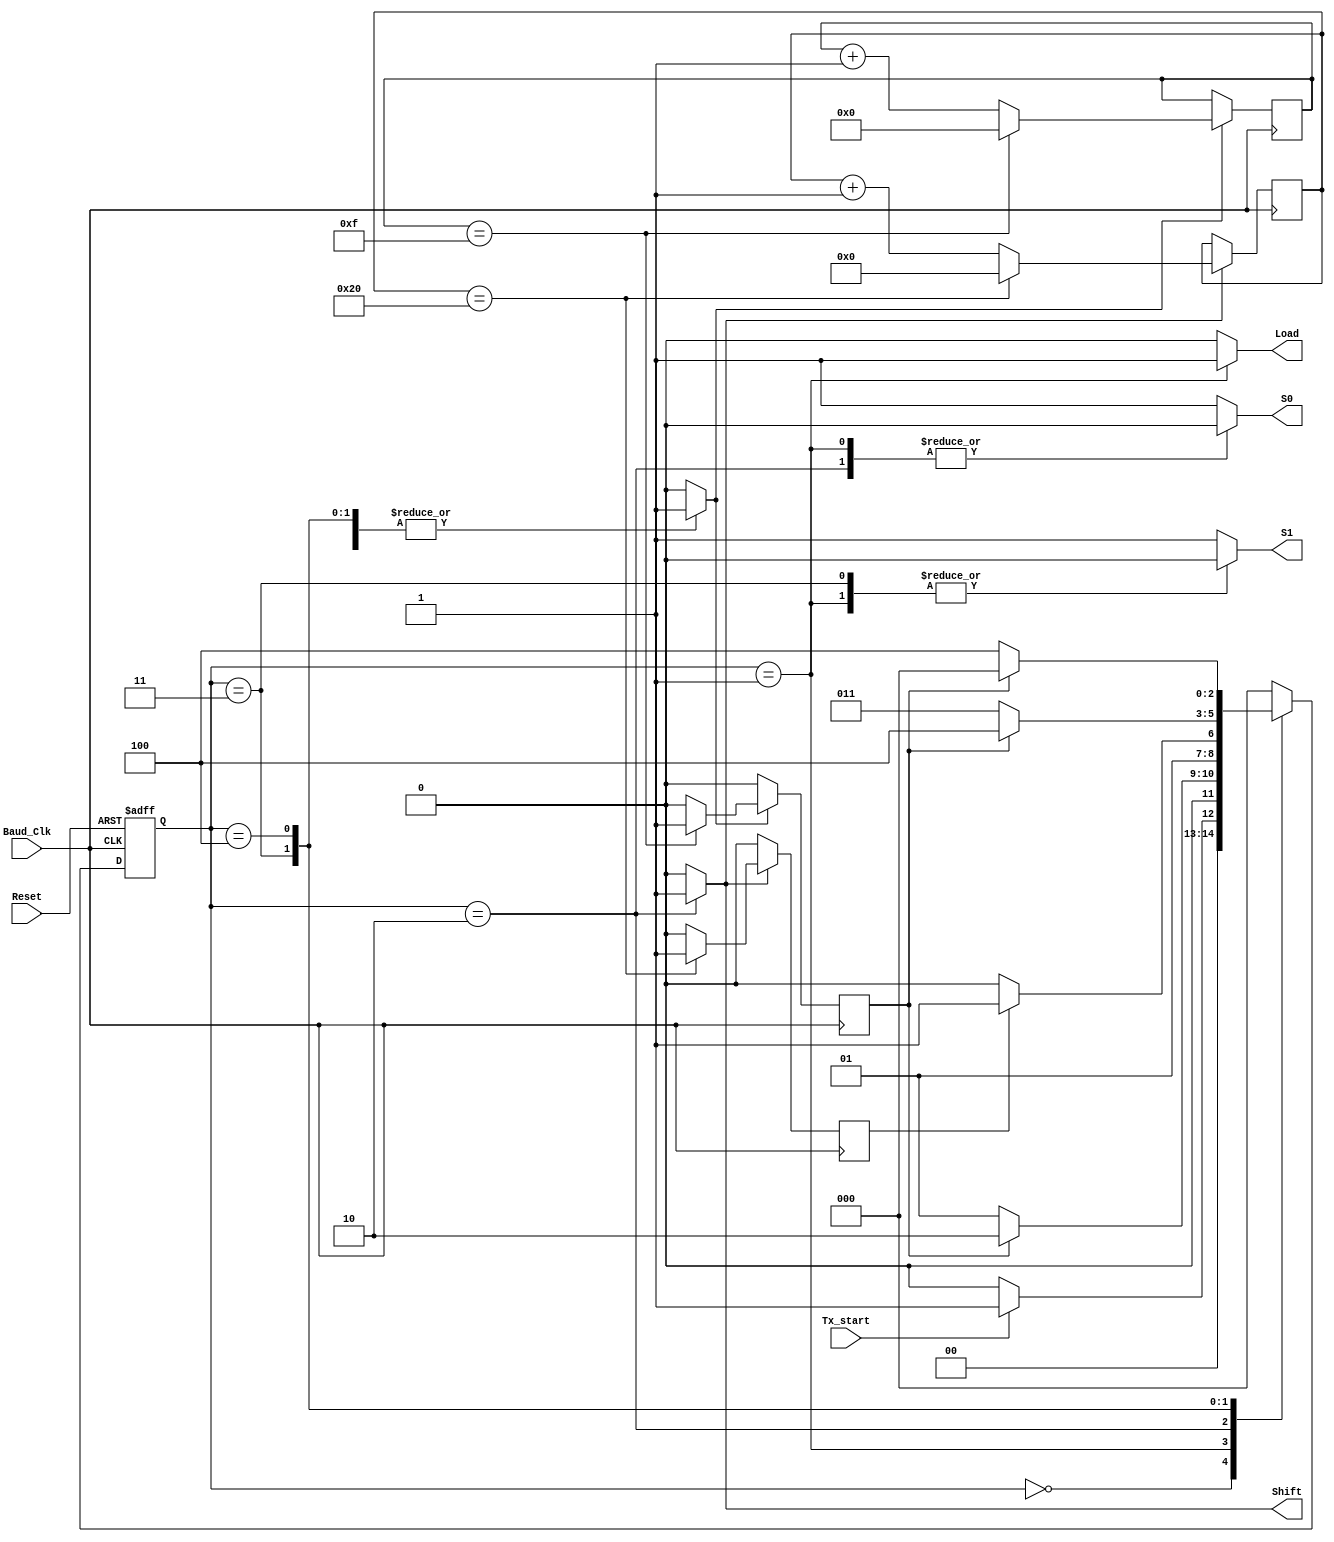
module Transmitter_FSM(S0, S1, Load, Shift, Tx_start, Baud_Clk, Reset);

output reg S0, S1, Load, Shift;
input Tx_start, Baud_Clk, Reset;
reg [2:0]Present_state;
reg [2:0]Next_state = 2'b000;
reg flag1, flag2, temp, temp1;
reg [5:0]x1 = 1;
reg [3:0]x2 = 1;
parameter IDLE = 3'b000, START_BIT = 3'b001, DATA_BIT = 3'b010, PARITY_BIT = 3'b011, STOP_BIT = 3'b100;
always@(*)
begin
	case(Present_state)
	IDLE: 
	begin
		Next_state = Tx_start? START_BIT : IDLE;
		S0 = 1; S1 = 1; Load = 0; Shift = 0;
		temp = 0; temp1 = 0;
	end
	START_BIT: 
	begin
		Next_state = flag1? DATA_BIT : START_BIT;
		S0 = 0; S1 = 0; Load = 1; Shift = 0;
		temp = 0; temp1 = 1;
	end
	DATA_BIT: 
	begin
		Next_state = flag2? PARITY_BIT : DATA_BIT;
		S0 = 0; S1 = 1; Load = 0; Shift = 1;
		temp = 1; temp1 = 0;
	end
	PARITY_BIT: 
	begin
		Next_state = flag1? STOP_BIT : PARITY_BIT;
		S0 = 1; S1 = 0; Load = 0; Shift = 0;
		temp = 0; temp1 = 1;
	end
	STOP_BIT: 
	begin
		Next_state = flag1? IDLE : STOP_BIT;
		S0 = 1; S1 = 1; Load = 0; Shift = 0;
		temp = 0; temp1 = 1;
	end
	default:
	begin
		Next_state = 3'b000;
		S0 = 1; S1 = 1; Load = 0; Shift = 0;
		temp = 0; temp1 = 0;
	end
	endcase
end

always@(posedge Baud_Clk)
begin
	if(temp)
	begin
		if(x1 == 6'd32)
		begin
			flag2 = 1; x1 = 0;
		end
		else
		begin
			flag2 = 0; x1 = x1 + 1;
		end
	end
	else
		flag2 = 0;
end

always@(posedge Baud_Clk)
begin
	if(temp1)
	begin
		if(x2 == 5'd15)
		begin
			flag1 = 1; x2 = 0;
		end
		else
		begin
			flag1 = 0; x2 = x2 + 1;
		end
	end
	else
		flag1 = 0;
end

always@(posedge Baud_Clk or negedge Reset)
begin
	if(Reset == 0)
		Present_state <= IDLE;
	else
		Present_state <= Next_state;
end
endmodule